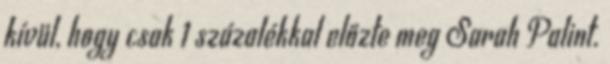
kívül, hogy csak 1 százalékkal előzte meg Sarah Palint.